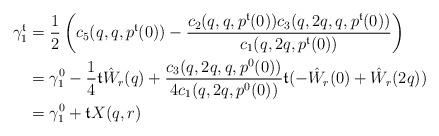
LaTeX: \begin{align*}\gamma_1^\mathfrak{t} &= \frac{1}{2} \left(c_5(q,q,p^\mathfrak{t}(0))-\frac{c_2(q,q,p^\mathfrak{t}(0))c_3(q,2q,q,p^\mathfrak{t}(0))}{c_1(q,2q,p^\mathfrak{t}(0))}\right)\\&=\gamma_1^0 - \frac{1}{4}\mathfrak{t} \hat W_r(q) + \frac{c_3(q,2q,q,p^0(0))}{4c_1(q,2q,p^0(0))}\mathfrak{t}(-\hat W_r(0)+\hat W_r(2q))\\&= \gamma_1^0 + \mathfrak{t} X(q,r)\end{align*}